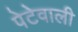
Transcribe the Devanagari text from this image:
पेटेवाली